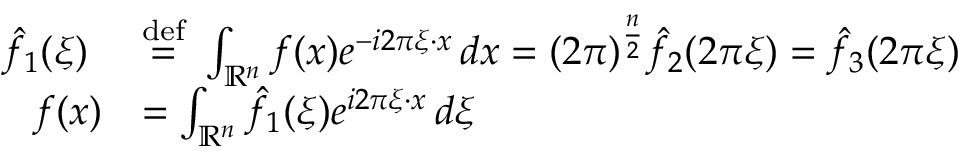
{ \begin{array} { r l } { { \hat { f } } _ { 1 } ( \xi ) \ } & { { \stackrel { \mathrm { d e f } } { = } } \ \int _ { \mathbb { R } ^ { n } } f ( x ) e ^ { - i 2 \pi \xi \cdot x } \, d x = ( 2 \pi ) ^ { \frac { n } { 2 } } { \hat { f } } _ { 2 } ( 2 \pi \xi ) = { \hat { f } } _ { 3 } ( 2 \pi \xi ) } \\ { f ( x ) } & { = \int _ { \mathbb { R } ^ { n } } { \hat { f } } _ { 1 } ( \xi ) e ^ { i 2 \pi \xi \cdot x } \, d \xi } \end{array} }